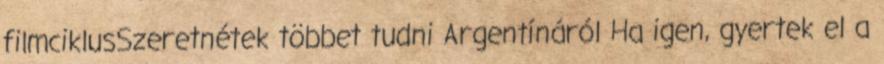
filmciklusSzeretnétek többet tudni Argentínáról Ha igen, gyertek el a